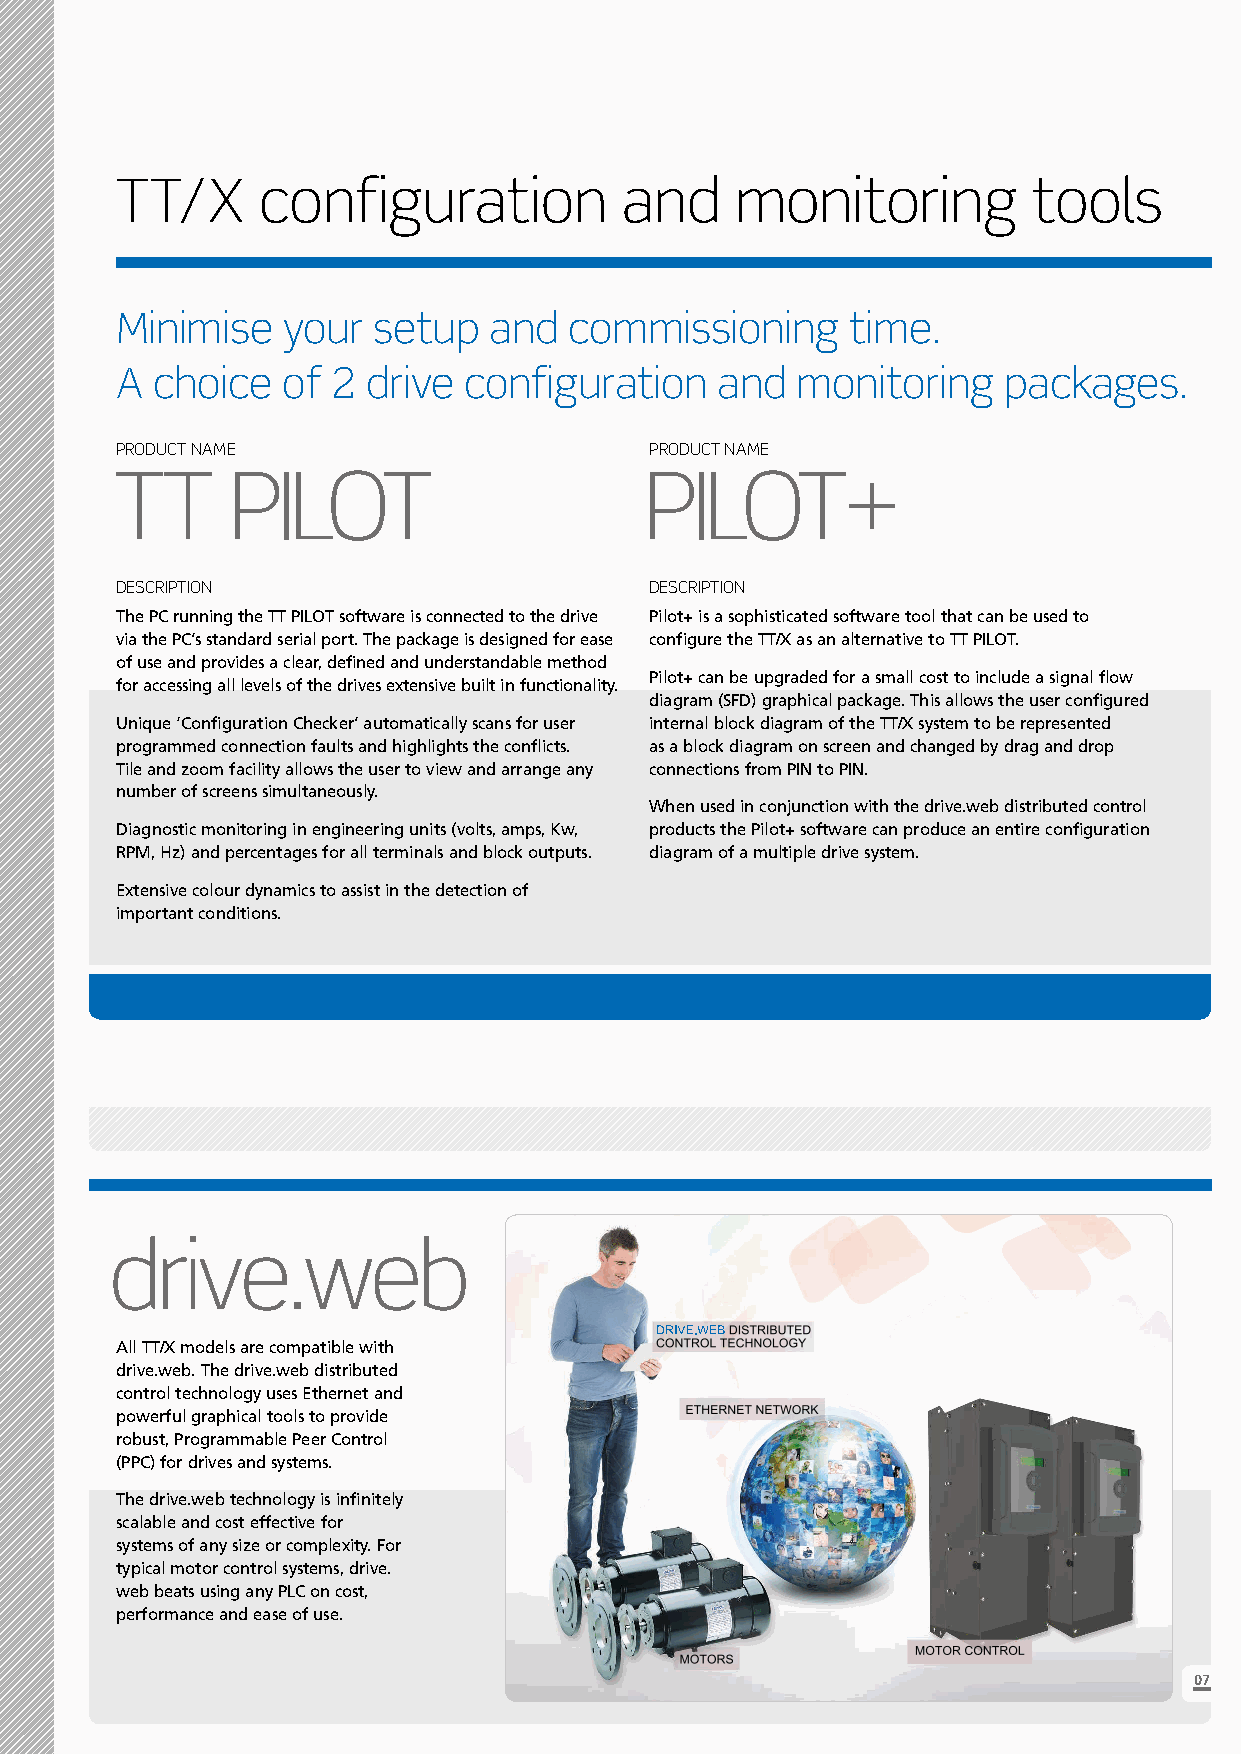
TT/X     configuration           and     monitoring         tools
 Minimise   your  setup  and   commissioning     time.
 A choice   of 2 drive  configuration   and   monitoring   packages.
 PRODUCT NAME                       PRODUCT NAME
 TT      PILOT                       PILOT+
 DESCRIPTION                        DESCRIPTION
 The PC running the TT PILOT software is connected to the drive Pilot+ is a sophisticated software tool that can be used to
 via the PC’s standard serial port. The package is designed for ease configure the TT/X as an alternative to TT PILOT.
 of use and provides a clear, defined and understandable method
 Pilot+ can be upgraded for a small cost to include a signal flow
 for accessing all levels of the drives extensive built in functionality.
 diagram (SFD) graphical package. This allows the user configured
 Unique ‘Configuration Checker’ automatically scans for user internal block diagram of the TT/X system to be represented
 programmed connection faults and highlights the conflicts. as a block diagram on screen and changed by drag and drop
 Tile and zoom facility allows the user to view and arrange any connections from PIN to PIN.
 number of screens simultaneously.
 When used in conjunction with the drive.web distributed control
 Diagnostic monitoring in engineering units (volts, amps, Kw, products the Pilot+ software can produce an entire configuration
 RPM, Hz) and percentages for all terminals and block outputs. diagram of a multiple drive system.
 Extensive colour dynamics to assist in the detection of
 important conditions.
 drive.web
 All TT/X models are compatible with
 drive.web. The drive.web distributed
 control technology uses Ethernet and
 powerful graphical tools to provide
 robust, Programmable Peer Control
 (PPC) for drives and systems.
 The drive.web technology is infinitely
 scalable and cost effective for
 systems of any size or complexity. For
 typical motor control systems, drive.
 web beats using any PLC on cost,
 performance and ease of use.
 07